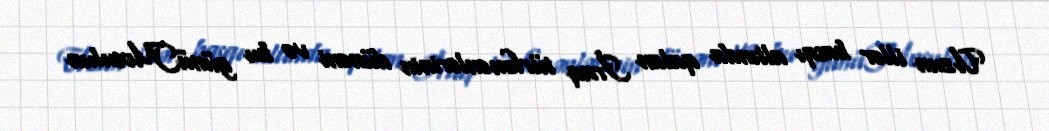
Uzun illər basqı altında qalan İraq türkmənlərinin dünəni və bu günüMosulun